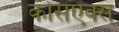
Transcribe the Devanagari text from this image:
कोसएक्स